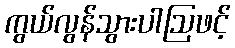
ကွယ်လွန်သွားပါဩဖင့်